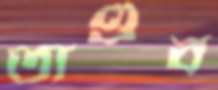
তাণ্ডব